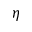
\eta